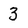
Character: 3